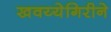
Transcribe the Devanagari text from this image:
खवय्येगिरीने